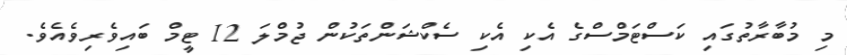
މި މުބާރާތުގައި ކަސްޓަމްސްގެ އެކި އެކި ސެކްޝަންތަކުން ޖުމްލަ 12 ޓީމް ބައިވެރިވެއެވެ.